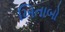
ખિતાબો